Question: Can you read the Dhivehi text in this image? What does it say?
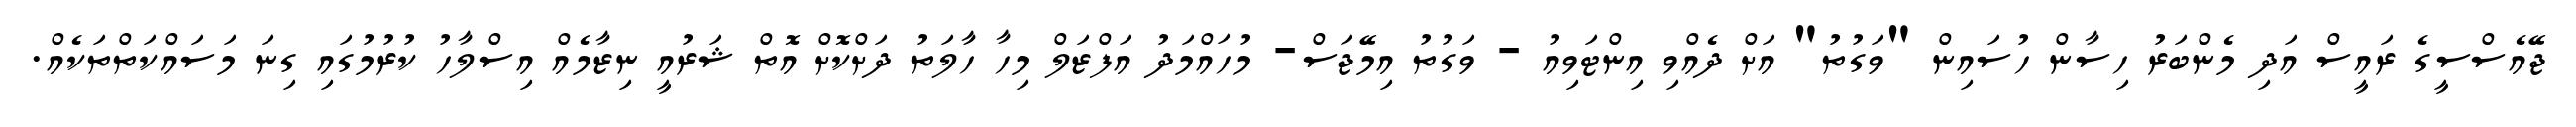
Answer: ޖޭއެސްސީގެ ރައީސް އަދި މެންބަރު ހިސާން ހުސައިން "ވަގުތު" އަށް ދެއްވި އިންޓަވިއު - ވަގުތު އިމޭޖަސް- މުހައްމަދު އަފްޒަލް މިހާ ހާލަތު ދަށްކޮށް އޮތް ޝަރުއީ ނިޒާމެއް އިސްލާހު ކުރުމުގައި ގިނަ މަސައްކަތްތަކެއް.